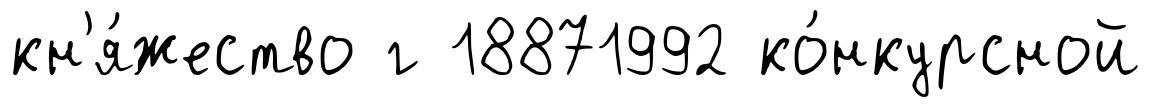
кн'я́жество г 18871992 ко́нкурсной